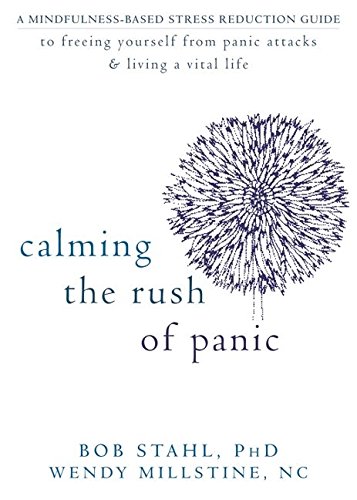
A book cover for Calming the Rush of Panic: A Mindfulness-Based Stress Reduction Guide to Freeing Yourself from Panic Attacks and Living a Vital Life; Bob Stahl PhD; Self-Help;